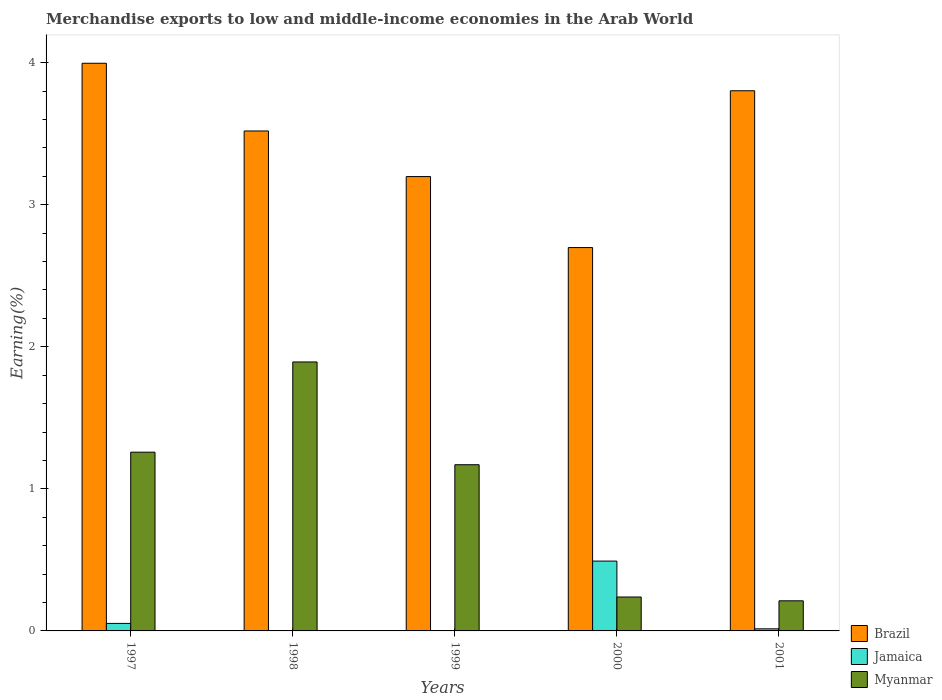
| Years | Brazil | Jamaica | Myanmar |
 | --- | --- | --- | --- |
 | 1997 | 4 | 0.0528 | 1.26 |
 | 1998 | 3.52 | 0.000442 | 1.89 |
 | 1999 | 3.2 | 0.00187 | 1.17 |
 | 2000 | 2.7 | 0.492 | 0.239 |
 | 2001 | 3.8 | 0.0147 | 0.212 |